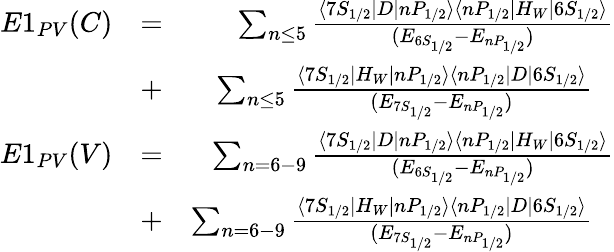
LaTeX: \begin{array}{rlr}{E1_{PV}(C)}&{=}&{\sum_{n\le 5}\frac{\langle 7S_{1/2}|D|nP_{1/2}\rangle\langle nP_{1/2}|H_{W}|6S_{1/2}\rangle}{(E_{6S_{1/2}}-E_{nP_{1/2}})}}\\ &{+}&{\sum_{n\le 5}\frac{\langle 7S_{1/2}|H_{W}|nP_{1/2}\rangle\langle nP_{1/2}|D|6S_{1/2}\rangle}{(E_{7S_{1/2}}-E_{nP_{1/2}})}\ \ \ }\\ {E1_{PV}(V)}&{=}&{\sum_{n=6-9}\frac{\langle 7S_{1/2}|D|nP_{1/2}\rangle\langle nP_{1/2}|H_{W}|6S_{1/2}\rangle}{(E_{6S_{1/2}}-E_{nP_{1/2}})}}\\ &{+}&{\sum_{n=6-9}\frac{\langle 7S_{1/2}|H_{W}|nP_{1/2}\rangle\langle nP_{1/2}|D|6S_{1/2}\rangle}{(E_{7S_{1/2}}-E_{nP_{1/2}})}\ \ \ }\end{array}